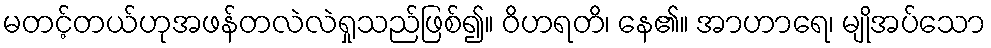
မတင့်တယ်ဟုအဖန်တလဲလဲရှုသည်ဖြစ်၍။ ဝိဟရတိ၊ နေ၏။ အာဟာရေ၊ မျိုအပ်သော